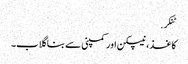
ٹنکر.
کاغذ ، نیپکن اور کمپنی سے بنا گلاب۔